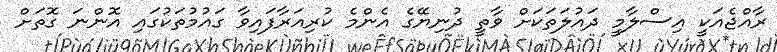
ރާއްޖެއަކީ އިސްލާމީ ދައުލަތަކަށް ވާތީ ދުނިޔޭގެ އެންމެ ކުރިއަރާފައިވާ ގައުމުތަކުގައި އޮންނަ ގޮތަށް